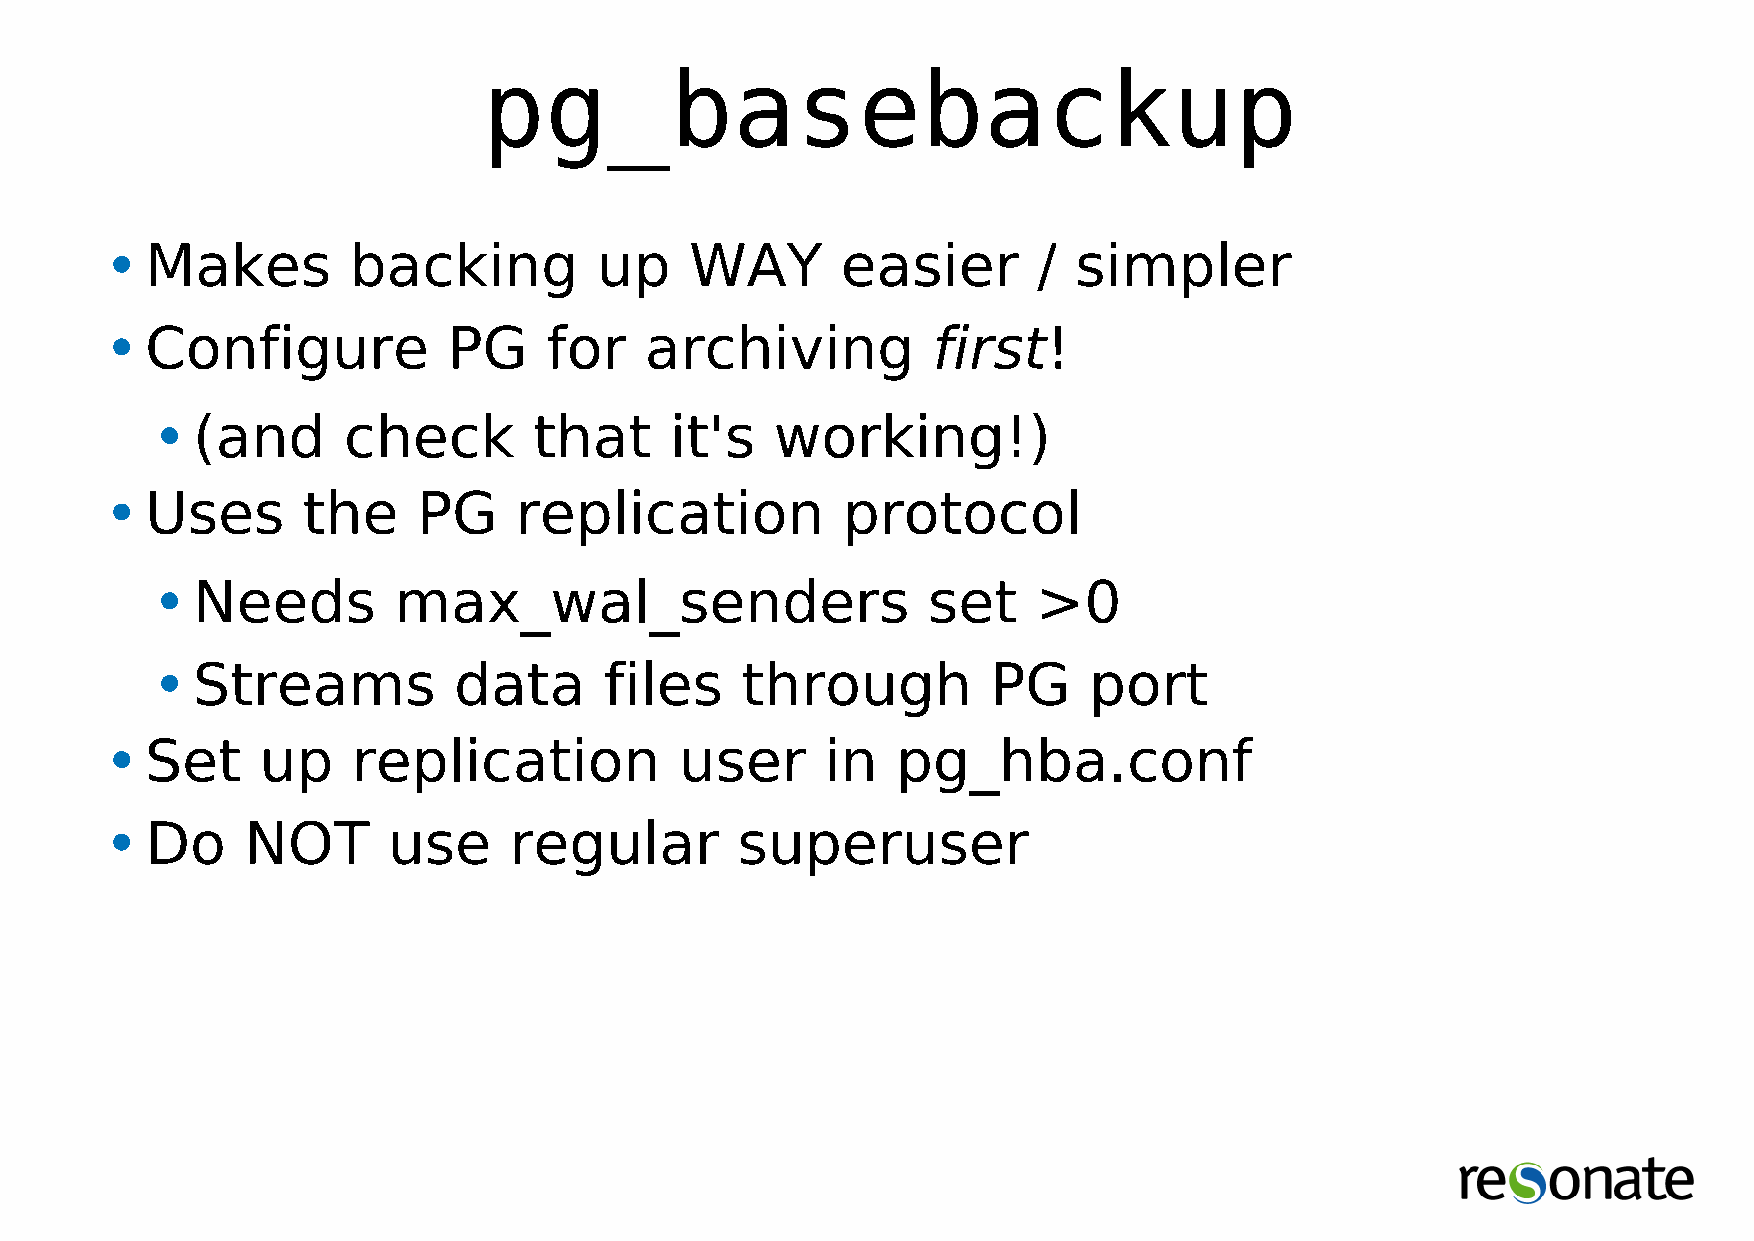
pg_basebackup
 •Makes          backing          up    WAY       easier       / simpler
 •Configure             PG    for    archiving          first!
 •(and        check       that     it's   working!)
 •Uses        the     PG    replication           protocol
 •Needs          max_wal_senders                    set     >0
 •Streams            data      files    through          PG    port
 •Set      up    replication           user      in  pg_hba.conf
 •Do      NOT       use     regular        superuser